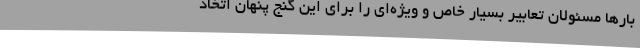
بارها مسئولان تعابیر بسیار خاص و ویژه‌ای را برای این گنج پنهان اتخاذ